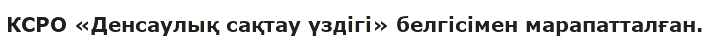
КСРО «Денсаулық сақтау үздігі» белгісімен марапатталған.